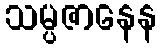
သမ္ပဇာနေန